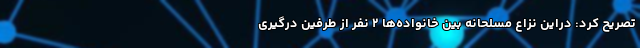
تصریح کرد: دراین نزاع مسلحانه بین خانواده‌ها ۲ نفر از طرفین درگیری